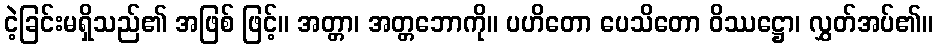
ငဲ့ခြင်းမရှိသည်၏ အဖြစ် ဖြင့်။ အတ္တာ၊ အတ္တဘောကို။ ပဟိတော ပေသိတော ဝိဿဋ္ဌော၊ လွှတ်အပ်၏။